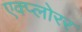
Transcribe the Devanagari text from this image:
एक्प्लोरर